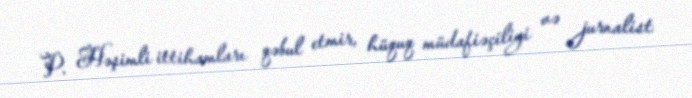
P. Həşimli ittihamları qəbul etmir, hüquq müdafiəçiliyi və jurnalist